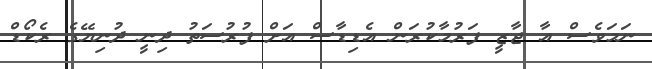
ނަމަވެސް އާ ޖާޒީ ފަރުމާކުރަން އެޑިޑާސް އަށް ފުރުސަތު ދިނީ ދުނިޔޭގެ ރެކޯޑް